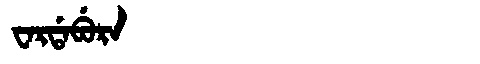
Manchu: ᠸᠠᡵᡩᠠᠪᡠᡵᠠ
Romanization: WARDABURA